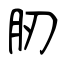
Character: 肕